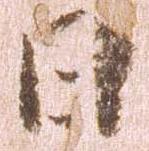
日